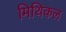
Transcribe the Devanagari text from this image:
मिथिकल